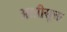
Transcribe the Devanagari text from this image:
आप्रीसूक्त